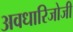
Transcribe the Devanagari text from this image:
अवधारिजोजी